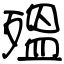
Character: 殟